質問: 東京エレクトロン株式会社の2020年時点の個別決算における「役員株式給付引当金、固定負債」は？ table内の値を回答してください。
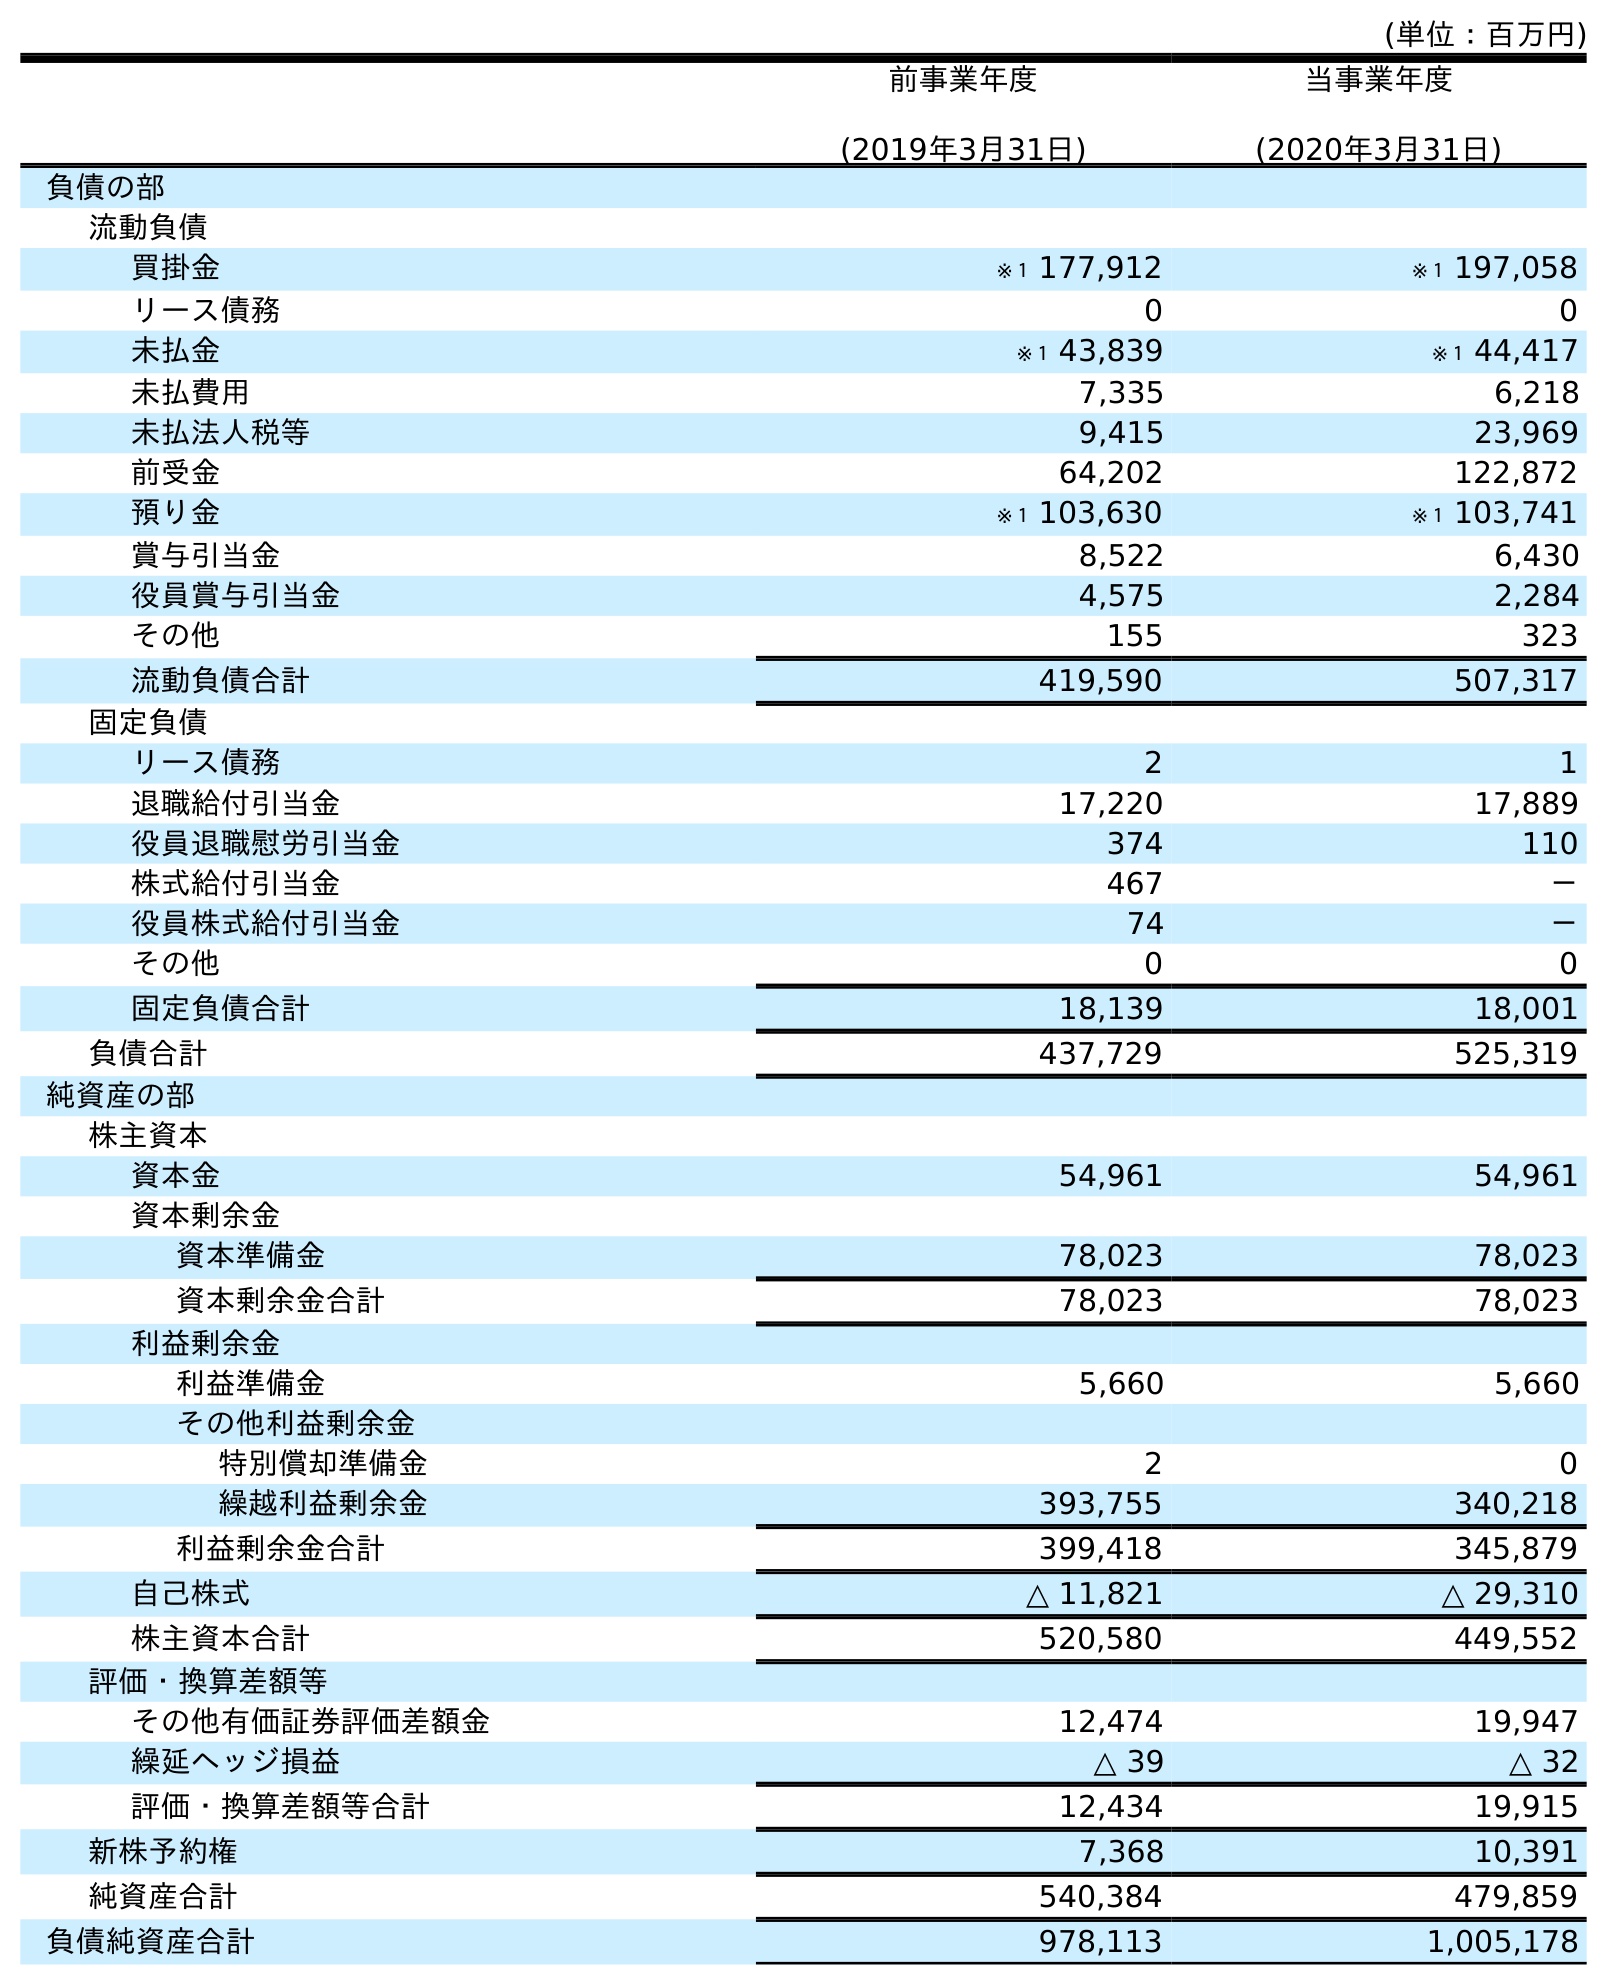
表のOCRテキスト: (単位：百万円) 前事業年度 (2019年3月31日) 当事業年度 (2020年3月31日) 負債の部 流動負債 買掛金 ※１ 177,912 ※１ 197,058 リース債務 0 0 未払金 ※１ 43,839 ※１ 44,417 未払費用 7,335 6,218 未払法人税等 9,415 23,969 前受金 64,202 122,872 預り金 ※１ 103,630 ※１ 103,741 賞与引当金 8,522 6,430 役員賞与引当金 4,575 2,284 その他 155 323 流動負債合計 419,590 507,317 固定負債 リース債務 2 1 退職給付引当金 17,220 17,889 役員退職慰労引当金 374 110 株式給付引当金 467 － 役員株式給付引当金 74 － その他 0 0 固定負債合計 18,139 18,001 負債合計 437,729 525,319 純資産の部 株主資本 資本金 54,961 54,961 資本剰余金 資本準備金 78,023 78,023 資本剰余金合計 78,023 78,023 利益剰余金 利益準備金 5,660 5,660 その他利益剰余金 特別償却準備金 2 0 繰越利益剰余金 393,755 340,218 利益剰余金合計 399,418 345,879 自己株式 △ 11,821 △ 29,310 株主資本合計 520,580 449,552 評価・換算差額等 その他有価証券評価差額金 12,474 19,947 繰延ヘッジ損益 △ 39 △ 32 評価・換算差額等合計 12,434 19,915 新株予約権 7,368 10,391 純資産合計 540,384 479,859 負債純資産合計 978,113 1,005,178
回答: －